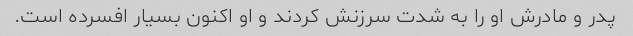
پدر و مادرش او را به شدت سرزنش کردند و او اکنون بسیار افسرده است.